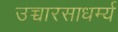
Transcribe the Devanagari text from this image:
उच्चारसाधर्म्य